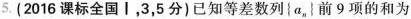
5.(2016课标全国|，3，5分)已知等差数列\left \{a_{n}\right \} ，|前9项的和为